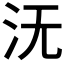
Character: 𣲘